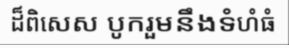
ដ៏ពិសេស បូករួមនឹងទំហំធំ